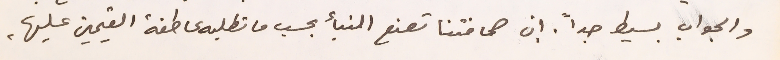
والجواب بسيط جداً. ان صحافتنا تصنع النبأ بحسب ما تطلبه عاطفة القيمين عليها.